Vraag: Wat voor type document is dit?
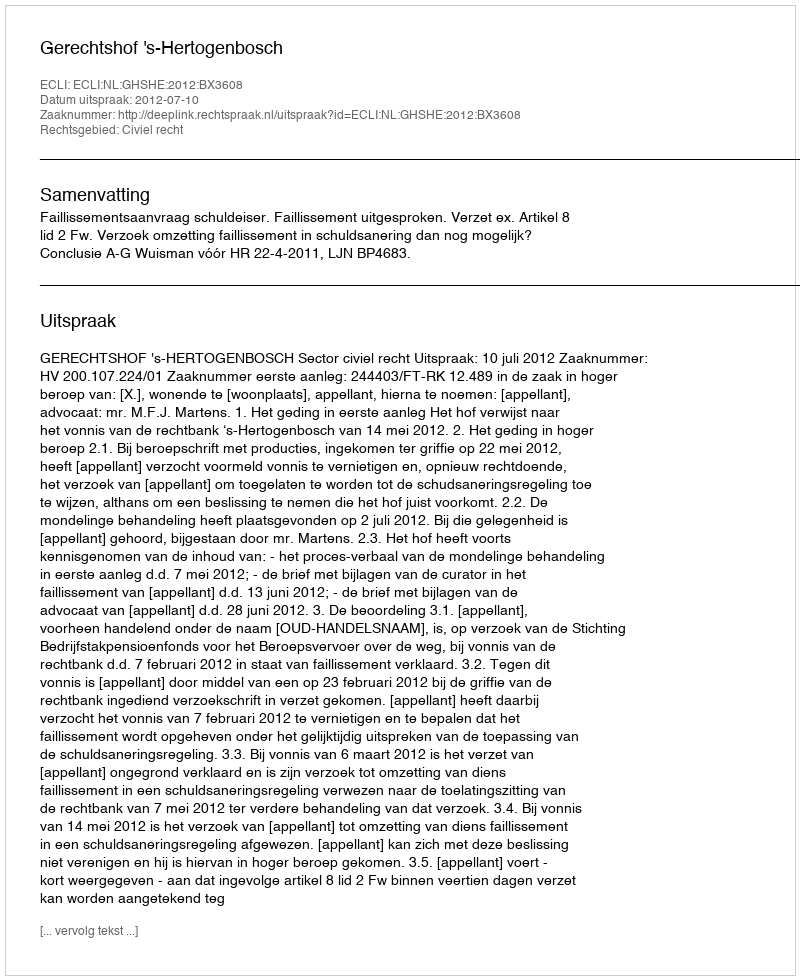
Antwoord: Uitspraak